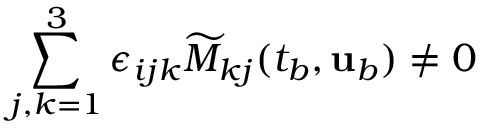
\sum _ { j , k = 1 } ^ { 3 } \epsilon _ { i j k } \widetilde { M } _ { k j } ( t _ { b } , { \mathbf { u } } _ { b } ) \neq 0